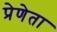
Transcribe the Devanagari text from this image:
प्रेणेता